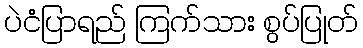
ပဲငံပြာရည် ကြက်သား စွပ်ပြုတ်